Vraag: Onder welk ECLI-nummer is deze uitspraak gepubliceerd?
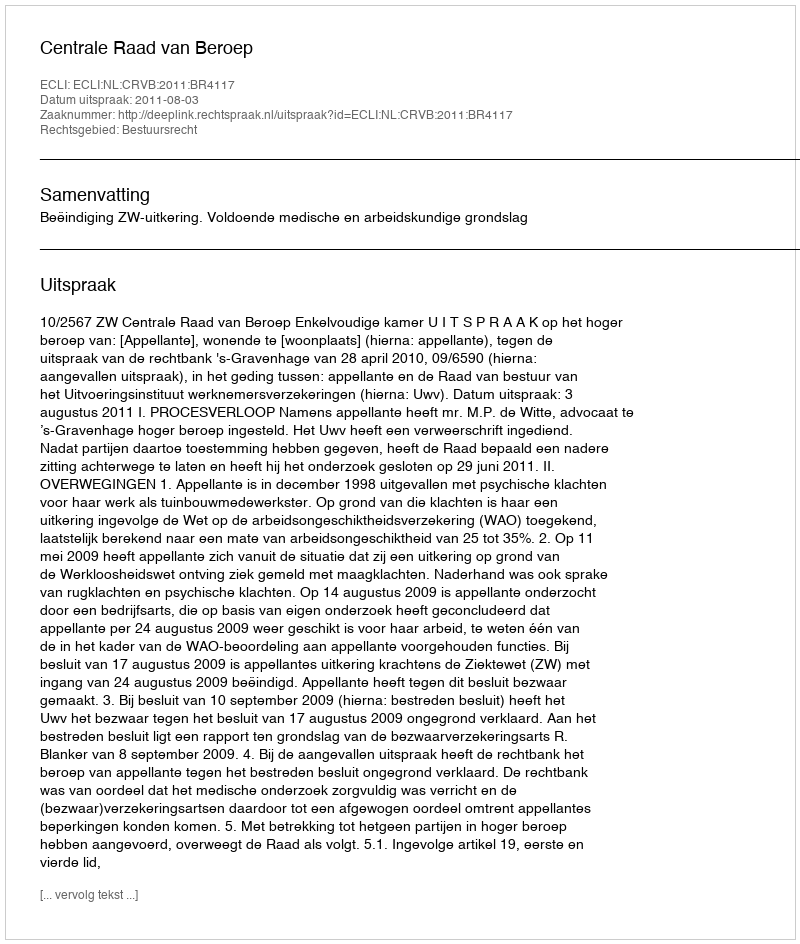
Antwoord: ECLI:NL:CRVB:2011:BR4117